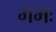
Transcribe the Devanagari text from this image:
गमः